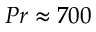
P r \approx 7 0 0